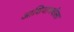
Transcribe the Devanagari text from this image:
आशियामधीला